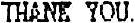
THANK YOU.